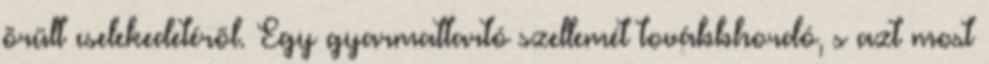
õrült cselekedetérõl. Egy gyarmattartó szellemét továbbhordó, s azt most